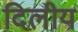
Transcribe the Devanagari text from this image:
दिलीय